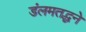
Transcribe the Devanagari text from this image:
डंलमतद्धने